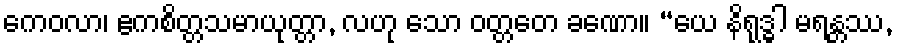
ကေဝလာ၊ ဧကစိတ္တသမာယုတ္တာ, လဟု သော ဝတ္တတေ ခဏော။ “ယေ နိရုဒ္ဓါ မရန္တဿ,